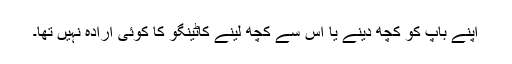
اپنے باپ کو کچھ دینے یا اس سے کچھ لینے کاٹینگو کا کوئی ارادہ نہیں تھا۔